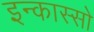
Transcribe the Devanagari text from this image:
इन्कास्सो